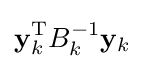
\mathbf {y} _{k}^{\mathrm {T} }B_{k}^{-1}\mathbf {y} _{k}